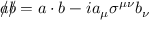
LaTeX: { a \! \! \! / } { b \! \! \! / } = a \cdot b - i a _ { \mu } \sigma ^ { \mu \nu } b _ { \nu }